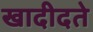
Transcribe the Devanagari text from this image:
खादीदते